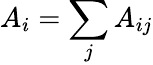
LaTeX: A_{i}=\sum_{j}A_{ij}